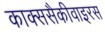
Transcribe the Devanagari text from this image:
काक्ससैकीवाइरस